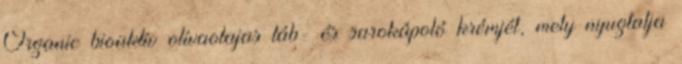
Organic bioaktív olívaolajas láb- és sarokápoló krémjét, mely nyugtatja